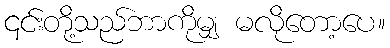
၎င်းတို့သည်ဘာကိုမျှ မလိုတော့ပေ။